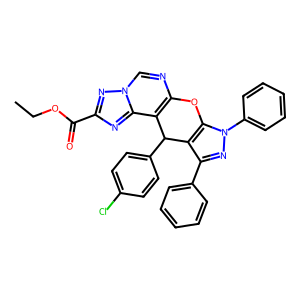
SMILES: CCOC(=O)c1nc2c3c(ncn2n1)Oc1c(c(-c2ccccc2)nn1-c1ccccc1)C3c1ccc(Cl)cc1
Inhibits HIV replication: No